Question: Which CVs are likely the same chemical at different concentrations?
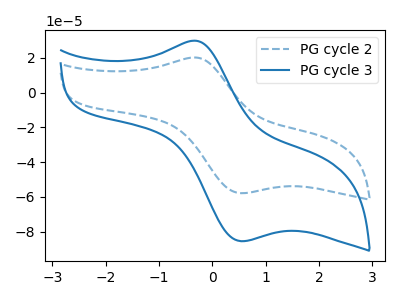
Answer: <think>The blue dashed curve "PG cycle 2" has an anodic peak at (-0.35V, 20.20uA) and a cathodic peak at (0.55V, -57.80uA). The blue curve "PG cycle 3" has an anodic peak at (-0.35V, 29.85uA) and a cathodic peak at (0.55V, -85.40uA).
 All the peaks in "PG cycle 2" have a peak in "PG cycle 3" at the same potential. Every peak in "PG cycle 2" is lower than every peak in "PG cycle 3".</think>
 <answer>"PG cycle 2" and "PG cycle 3" have the same shape and are likely CV's of the same chemical.</answer>
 <eval>"PG cycle 2" "PG cycle 3"</eval>